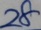
2 8